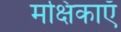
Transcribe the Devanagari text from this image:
मक्षिकाएँ